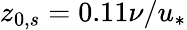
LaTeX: z_{0,s}=0.11\nu/u_{*}